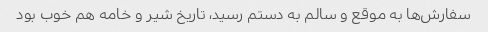
سفارش‌ها به موقع و سالم به دستم رسید، تاریخ شیر و خامه هم خوب بود